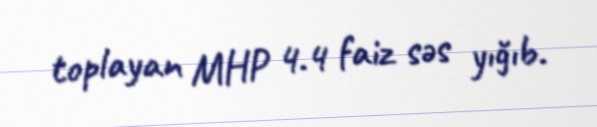
toplayan MHP 4.4 faiz səs yığıb.